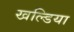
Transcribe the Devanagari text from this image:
खल्डिया